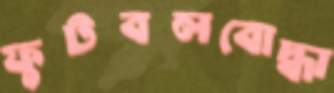
ফুটবলবোদ্ধা